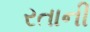
રતાની